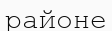
районе